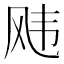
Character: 𬱵